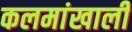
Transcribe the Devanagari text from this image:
कलमांखाली